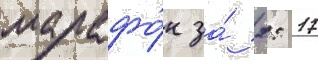
марафо́н за́ 2: 17